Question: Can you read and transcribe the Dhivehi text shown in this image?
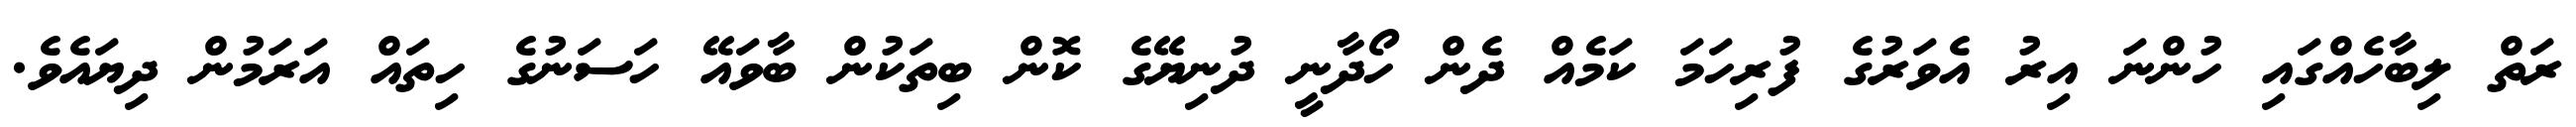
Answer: ރަތް ލިބާހެއްގައި ހުންނަ އިރު އެވަރުގެ ފުރިހަމަ ކަމެއް ދެން ހޯދާނީ ދުނިޔޭގެ ކޮން ބިތަކުން ބާވައޭ ހަސަނުގެ ހިތައް އަރަމުން ދިޔައެވެ.